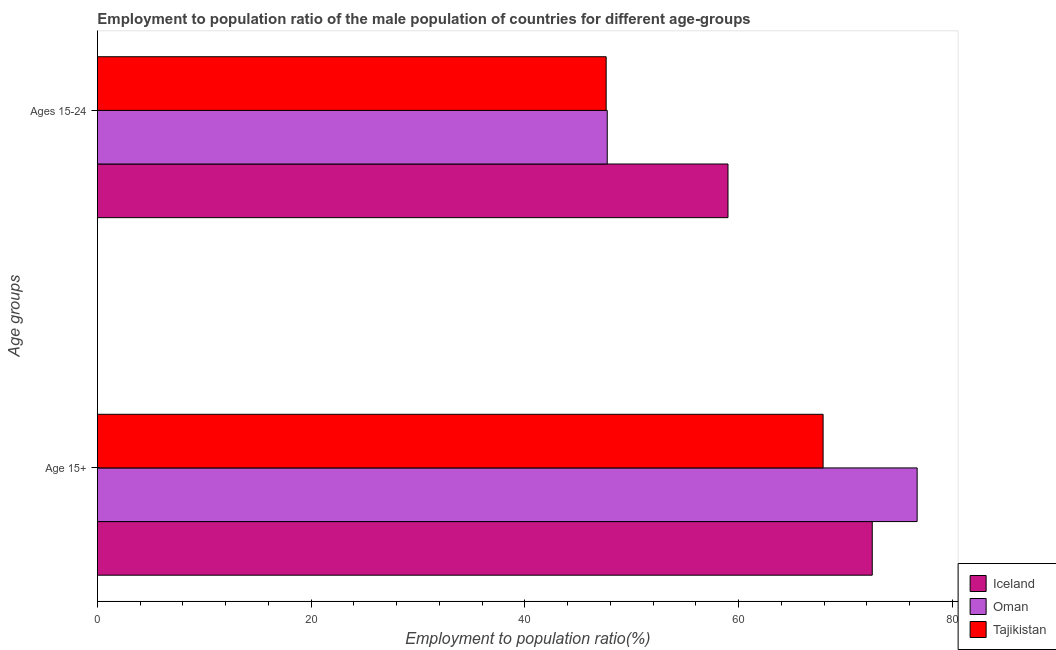
| Age groups | Iceland | Oman | Tajikistan |
 | --- | --- | --- | --- |
 | Age 15+ | 72.5 | 76.7 | 67.9 |
 | Ages 15-24 | 59 | 47.7 | 47.6 |